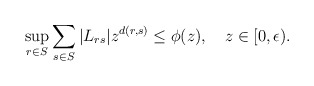
\begin{align*}\sup_{r\in S}{\sum_{s\in S}{|L_{rs}|z^{d(r,s)} \le \phi(z)}}, \quad z\in [0,\epsilon).\end{align*}